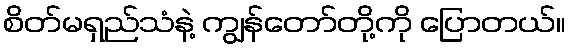
စိတ်မရှည်သံနဲ့ ကျွန်တော်တို့ကို ပြောတယ်။